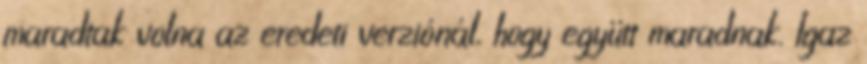
maradtak volna az eredeti verziónál, hogy együtt maradnak. Igaz